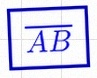
\overline{AB}